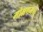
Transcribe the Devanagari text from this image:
मोक्षणम।।